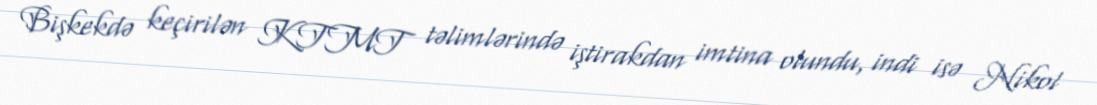
Bişkekdə keçirilən KTMT təlimlərində iştirakdan imtina olundu, indi isə Nikol